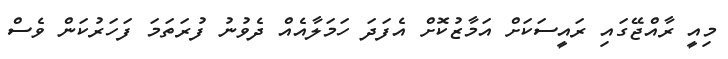
މިއީ ރާއްޖޭގައި ރައީސަކަށް އަމާޒުކޮށް އެފަދަ ހަމަލާއެއް ދެވުނު ފުރަތަމަ ފަހަރުކަން ވެސް